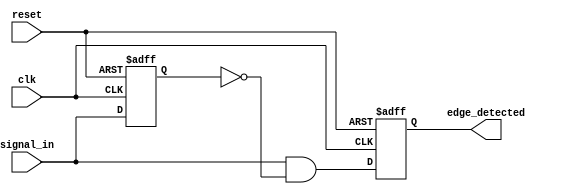
module edge_detector (
    input wire clk,              // Clock signal
    input wire reset,            // Reset signal
    input wire signal_in,        // Input signal to monitor
    output reg edge_detected     // Output signal indicating a rising edge
);

    reg signal_prev;             // Register to hold the previous state of the input signal

    // Always block triggered on the positive edge of the clock or reset
    always @(posedge clk or posedge reset) begin
        if (reset) begin
            signal_prev <= 1'b0;  // Initialize previous state to low on reset
            edge_detected <= 1'b0; // Initialize edge detected to low on reset
        end else begin
            // Edge detection logic
            edge_detected <= (signal_in && !signal_prev); // Detect rising edge
            signal_prev <= signal_in; // Update previous state
        end
    end

endmodule